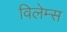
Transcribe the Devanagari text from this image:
विलेम्स